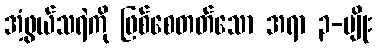
အံ့ဖွယ်သရဲကို ဖြစ်စေတတ်သော အရာ ၃-မျိုး